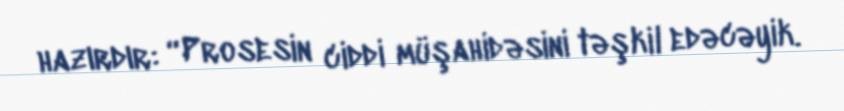
hazırdır: “Prosesin ciddi müşahidəsini təşkil edəcəyik.